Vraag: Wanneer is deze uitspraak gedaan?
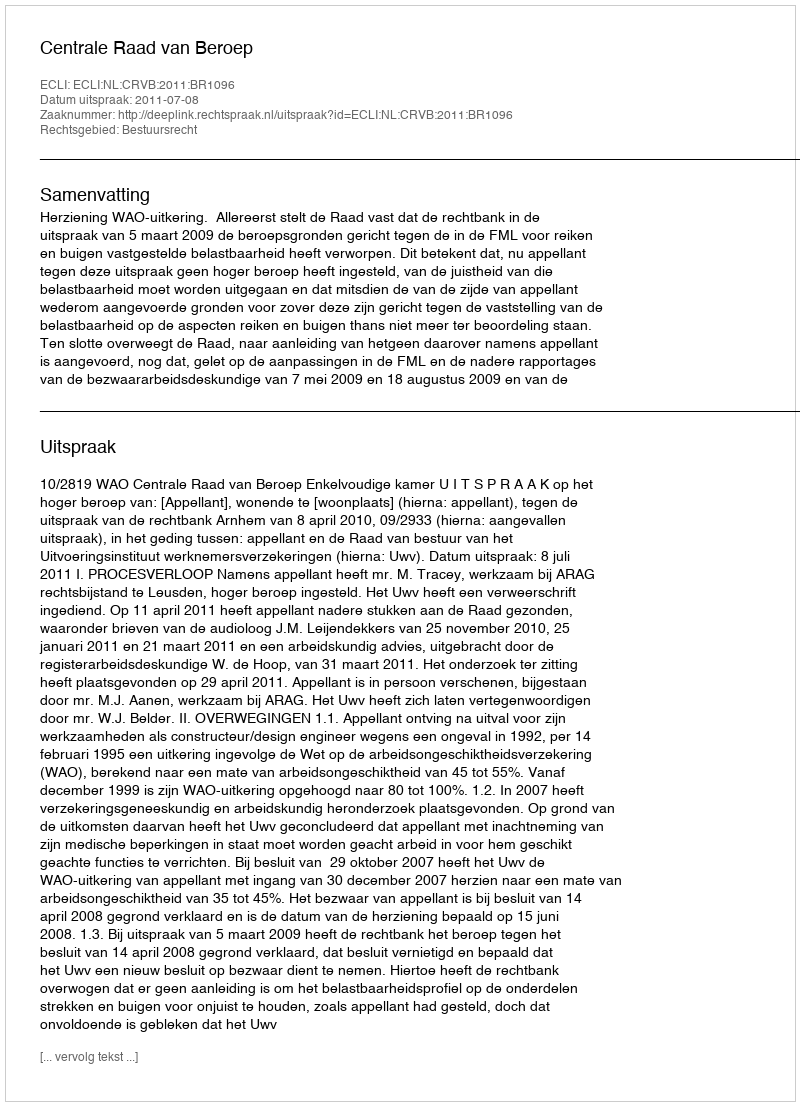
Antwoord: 2011-07-08